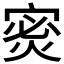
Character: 𫳡